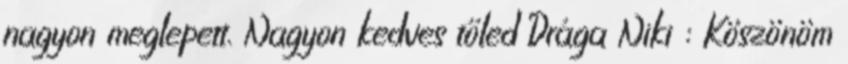
nagyon meglepett. Nagyon kedves tőled Drága Niki : Köszönöm